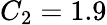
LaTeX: C_{2}=1.9